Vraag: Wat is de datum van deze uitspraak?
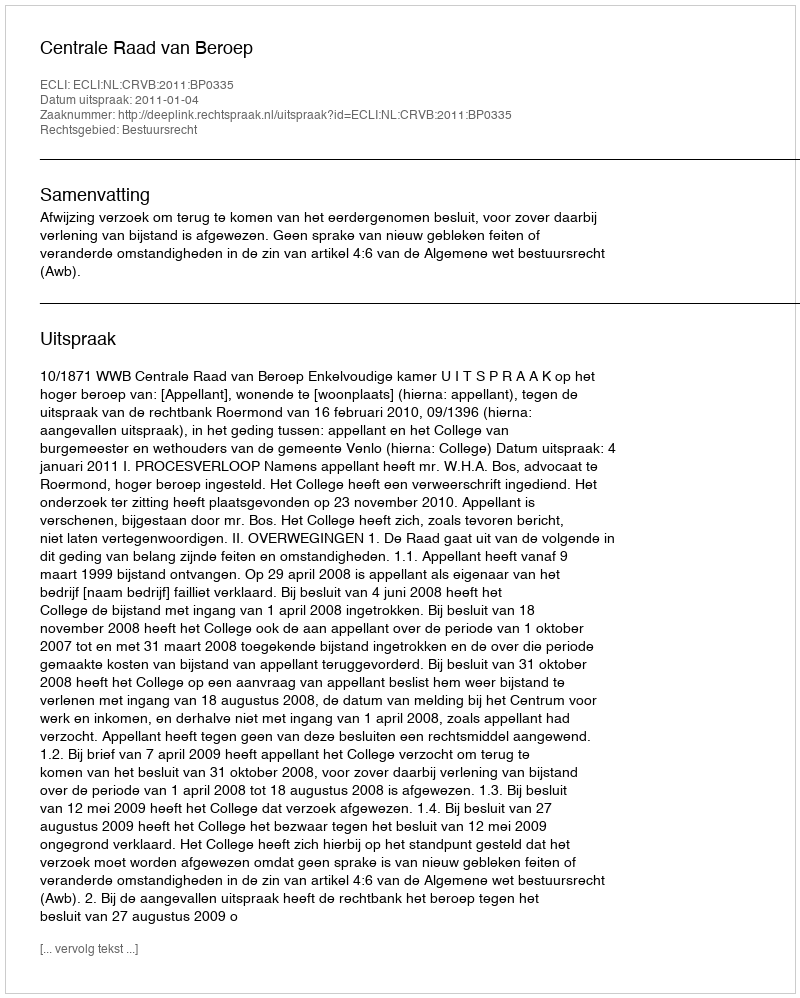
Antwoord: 2011-01-04